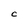
Character: U